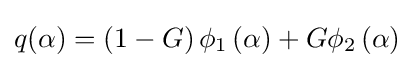
q(\alpha )=\left(1-G\right)\phi _{1}\left(\alpha \right)+G\phi _{2}\left(\alpha \right)